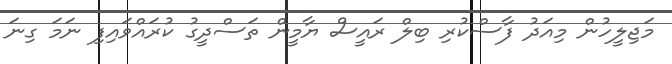
މަޖިލީހުން މިއަދު ފާސްކުރި ބިލް ރައީސް ޔާމީން ތަސްދީގު ކުރައްވައިފި ނަމަ ގިނަ